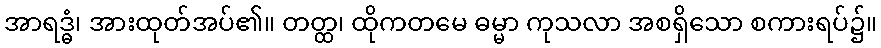
အာရဒ္ဓံ၊ အားထုတ်အပ်၏။ တတ္ထ၊ ထိုကတမေ ဓမ္မာ ကုသလာ အစရှိသော စကားရပ်၌။